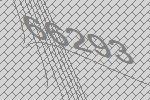
66293